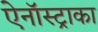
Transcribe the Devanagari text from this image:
ऐनॉस्ट्राका